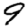
Digit: 9